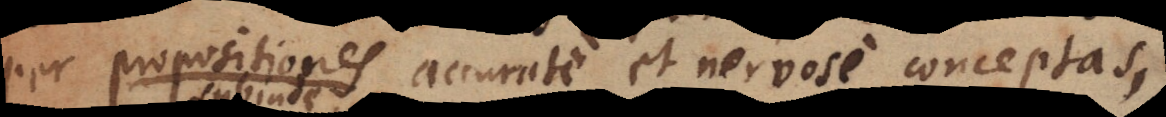
per propositiones accurate et nervose conceptas,